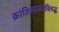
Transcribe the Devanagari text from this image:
क्रांतिकाऱ्यांविरुद्ध